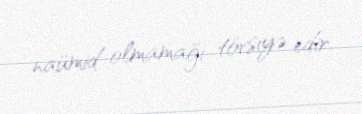
naümid olmamağı tövsiyə edir.